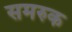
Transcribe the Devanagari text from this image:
समरुक